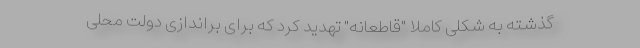
گذشته به شکلی کاملا "قاطعانه" تهدید کرد که برای براندازی دولت محلی